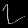
Digit: ၇